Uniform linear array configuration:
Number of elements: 12
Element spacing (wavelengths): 0.75
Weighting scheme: hamming
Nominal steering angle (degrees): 15
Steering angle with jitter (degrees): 14.446
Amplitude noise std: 0.05
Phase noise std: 0.05

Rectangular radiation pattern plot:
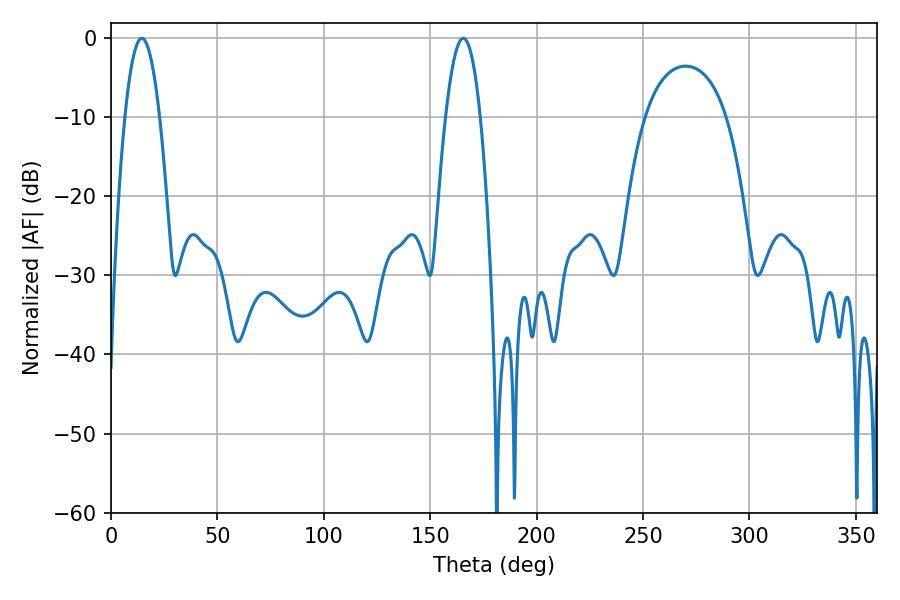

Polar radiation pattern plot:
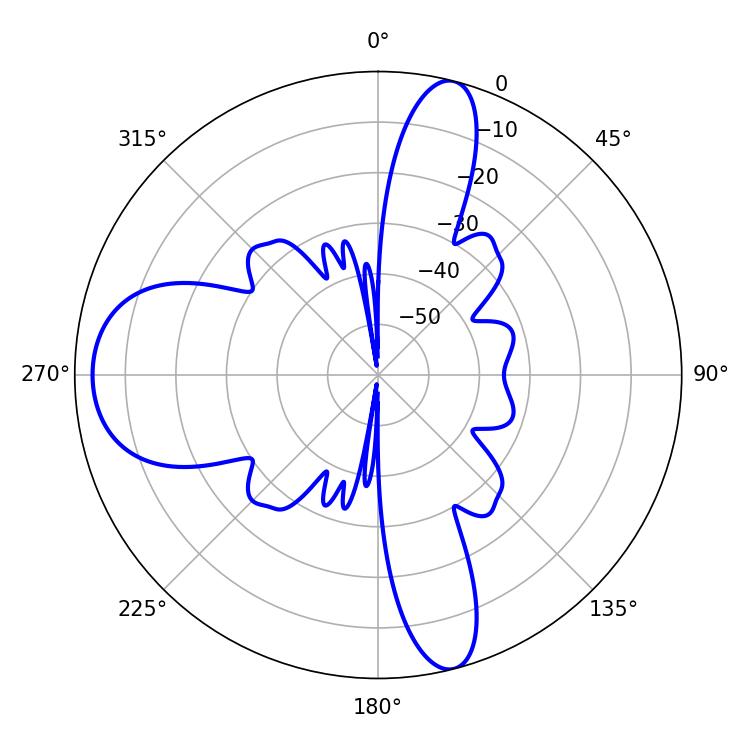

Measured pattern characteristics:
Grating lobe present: TRUE
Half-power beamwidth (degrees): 9
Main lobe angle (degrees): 14.4